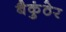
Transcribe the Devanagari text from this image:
बैकुंठेर